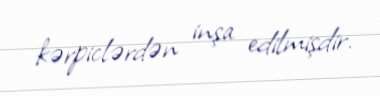
kərpiclərdən inşa edilmişdir.